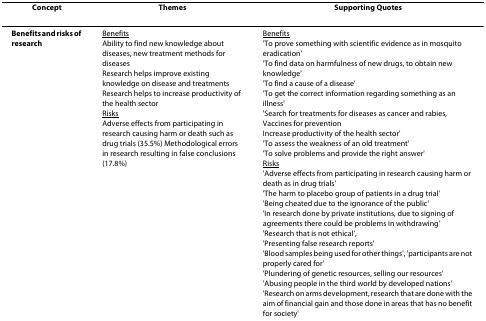
| Concept | Themes | Supporting Quotes |
 | --- | --- | --- |
 | Benefits and risks of research | <underline>Benefits</underline>Ability to find new knowledge about diseases, new treatment methods for diseasesResearch helps improve existing knowledge on disease and treatmentsResearch helps to increase productivity of the health sector<underline>Risks</underline>Adverse effects from participating in research causing harm or death such as drug trials (35.5%) Methodological errors in research resulting in false conclusions (17.8%) | <underline>Benefits</underline>'To prove something with scientific evidence as in mosquito eradication''To find data on harmfulness of new drugs, to obtain new knowledge''To find a cause of a disease''To get the correct information regarding something as an illness''Search for treatments for diseases as cancer and rabies, Vaccines for preventionIncrease productivity of the health sector''To assess the weakness of an old treatment''To solve problems and provide the right answer'<underline>Risks</underline>'Adverse effects from participating in research causing harm or death as in drug trials''The harm to placebo group of patients in a drug trial''Being cheated due to the ignorance of the public''In research done by private institutions, due to signing of agreements there could be problems in withdrawing''Research that is not ethical','Presenting false research reports''Blood samples being used for other things', 'participants are not properly cared for''Plundering of genetic resources, selling our resources''Abusing people in the third world by developed nations''Research on arms development, research that are done with the aim of financial gain and those done in areas that has no benefit for society' |